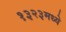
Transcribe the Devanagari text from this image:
१३२३मध्ये